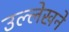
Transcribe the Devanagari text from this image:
उल्लेखने